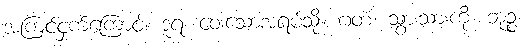
အကြင်ငှက်ကြောင့်။ ဒူရံ၊ ဝေးသောအရပ်သို့။ ဂတံ၊ သွားသားကို။ ဘုဉ္ဇ၊